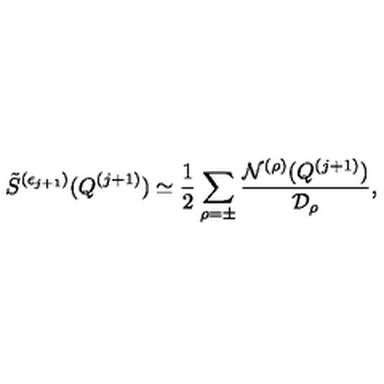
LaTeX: \displaystyle { \raisebox { 1 . 1 e x } { \scriptsize { \diamond } } } \mathrm { } \tilde { S } ^ { ( \epsilon _ { j + 1 } ) } ( Q ^ { ( j + 1 ) } ) \simeq \frac { 1 } { 2 } \sum _ { \rho = \pm } \frac { { \cal N } ^ { ( \rho ) } ( Q ^ { ( j + 1 ) } ) } { { \cal D } _ { \rho } } ,